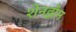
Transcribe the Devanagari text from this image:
शेनझेन